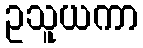
ဥသူယကာ